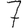
Digit: 7